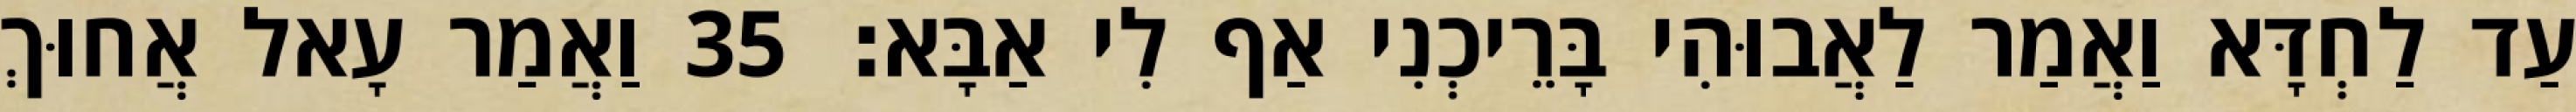
עַד לַחְדָּא וַאֲמַר לַאֲבוּהִי בָּרֵיכְנִי אַף לִי אַבָּא׃ 35 וַאֲמַר עָאל אֲחוּךְ